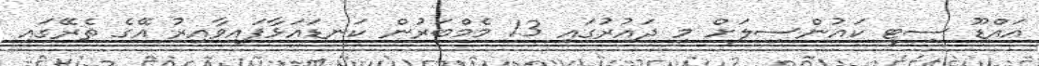
އައްޑޫ ސިޓީ ކައުންސިލަށް މި ދައުރުގައި 13 މެމްބަރުން ކަނޑައަޅާފައިވާއިރު އޭގެ ތެރޭގައި